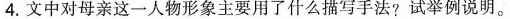
4.文中对母亲这一人物形象主要用了什么描写手法?试举例说明。